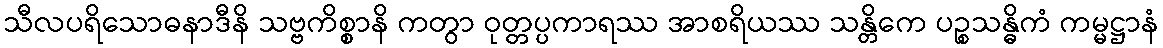
သီလပရိသောဓနာဒီနိ သဗ္ဗကိစ္စာနိ ကတွာ ဝုတ္တပ္ပကာရဿ အာစရိယဿ သန္တိကေ ပဉ္စသန္ဓိကံ ကမ္မဋ္ဌာနံ